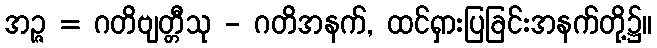
အဉ္ဇ = ဂတိဗျတ္တီသု - ဂတိအနက်, ထင်ရှားပြခြင်းအနက်တို့၌။